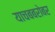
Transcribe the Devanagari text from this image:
याचबबरोबर